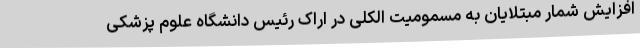
افزایش شمار مبتلایان به مسمومیت الکلی در اراک رئیس دانشگاه علوم پزشکی